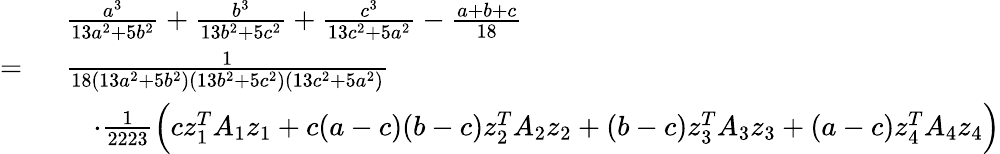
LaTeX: \begin{array}{rl}&{\frac{a^{3}}{13a^{2}+5b^{2}}+\frac{b^{3}}{13b^{2}+5c^{2}}+\frac{c^{3}}{13c^{2}+5a^{2}}-\frac{a+b+c}{18}}\\ {=\ }&{\frac{1}{18(13a^{2}+5b^{2})(13b^{2}+5c^{2})(13c^{2}+5a^{2})}}\\ &{\quad\cdot\frac{1}{2223}\Big(cz_{1}^{T}A_{1}z_{1}+c(a-c)(b-c)z_{2}^{T}A_{2}z_{2}+(b-c)z_{3}^{T}A_{3}z_{3}+(a-c)z_{4}^{T}A_{4}z_{4}\Big)}\end{array}